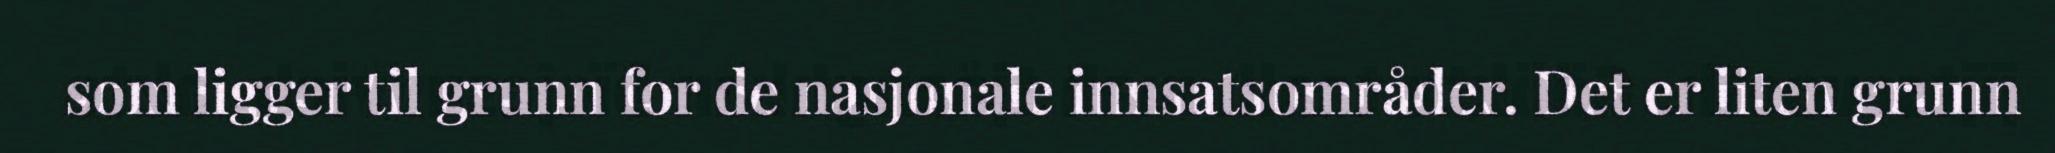
som ligger til grunn for de nasjonale innsatsområder. Det er liten grunn